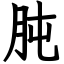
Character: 肫